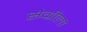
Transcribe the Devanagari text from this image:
सेग्रीला